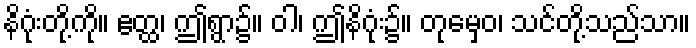
နိဂုံးတို့ကို။ ဧတ္ထ၊ ဤရွာ၌။ ဝါ၊ ဤနိဂုံး၌။ တုမှေဝ၊ သင်တို့သည်သာ။